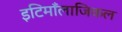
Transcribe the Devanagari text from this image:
इटिमाँलाजिकल